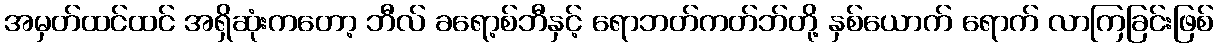
အမှတ်ထင်ထင် အရှိဆုံးကတော့ ဘီလ် ခရော့စ်ဘီနှင့် ရောဘတ်ကတ်ဘ်တို့ နှစ်ယောက် ရောက် လာကြခြင်းဖြစ်